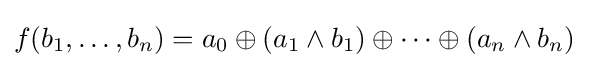
f(b_{1},\ldots ,b_{n})=a_{0}\oplus (a_{1}\land b_{1})\oplus \cdots \oplus (a_{n}\land b_{n})